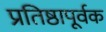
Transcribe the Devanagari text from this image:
प्रतिष्ठापूर्वक